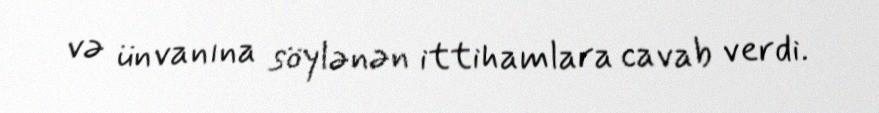
və ünvanına söylənən ittihamlara cavab verdi.